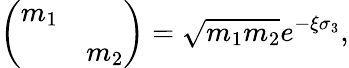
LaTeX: \left(\begin{array}{cc}{{m_{1}}}&{{}}\\ {{}}&{{m_{2}}}\end{array}\right)=\sqrt{m_{1}m_{2}}e^{-\xi\sigma_{3}},